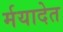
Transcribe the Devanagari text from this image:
र्मयादेत